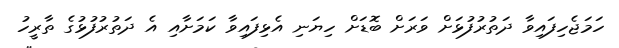
ހަމަޖެހިފައިވާ ދަތުރުފުޅަށް ވަރަށް ބޮޑަށް ހިޔަނި އެޅިފައިވާ ކަމަށާއި އެ ދަތުރުފުޅުގެ ތާރީހު